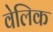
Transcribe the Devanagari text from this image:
वेलिक